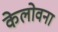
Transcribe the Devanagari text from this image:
केलोवना